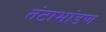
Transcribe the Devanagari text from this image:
तंटाभांडण